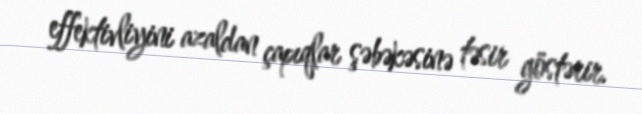
effektivliyini azaldan çapıqlar şəbəkəsinə təsir göstərir.